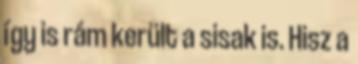
így is rám került a sisak is. Hisz a